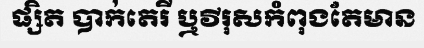
ផ្សិត បាក់តេរី ឬវីរុសកំពុងតែមាន